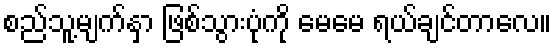
စည်သူ့မျက်နှာ ဖြစ်သွားပုံကို မေမေ ရယ်ချင်တာလေ။